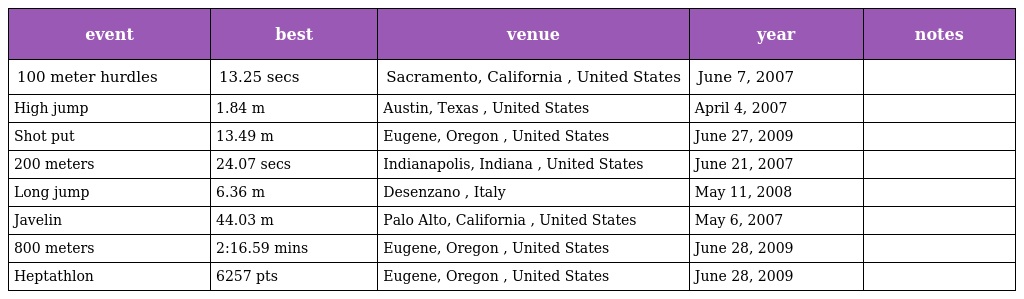
| event | best | venue | year | notes |
 | --- | --- | --- | --- | --- |
 | 100 meter hurdles | 13.25 secs | Sacramento, California , United States | June 7, 2007 |  |
 | High jump | 1.84 m | Austin, Texas , United States | April 4, 2007 |  |
 | Shot put | 13.49 m | Eugene, Oregon , United States | June 27, 2009 |  |
 | 200 meters | 24.07 secs | Indianapolis, Indiana , United States | June 21, 2007 |  |
 | Long jump | 6.36 m | Desenzano , Italy | May 11, 2008 |  |
 | Javelin | 44.03 m | Palo Alto, California , United States | May 6, 2007 |  |
 | 800 meters | 2:16.59 mins | Eugene, Oregon , United States | June 28, 2009 |  |
 | Heptathlon | 6257 pts | Eugene, Oregon , United States | June 28, 2009 |  |